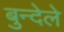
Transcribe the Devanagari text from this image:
बुन्देले